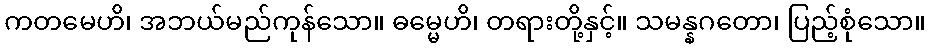
ကတမေဟိ၊ အဘယ်မည်ကုန်သော။ ဓမ္မေဟိ၊ တရားတို့နှင့်။ သမန္နဂတော၊ ပြည့်စုံသော။